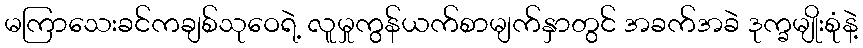
မကြာသေးခင်ကချစ်သုဝေရဲ့ လူမှုကွန်ယက်စာမျက်နှာတွင် အခက်အခဲ ဒုက္ခမျိုးစုံနဲ့